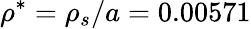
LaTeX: \rho^{*}=\rho_{s}/a=0.00571